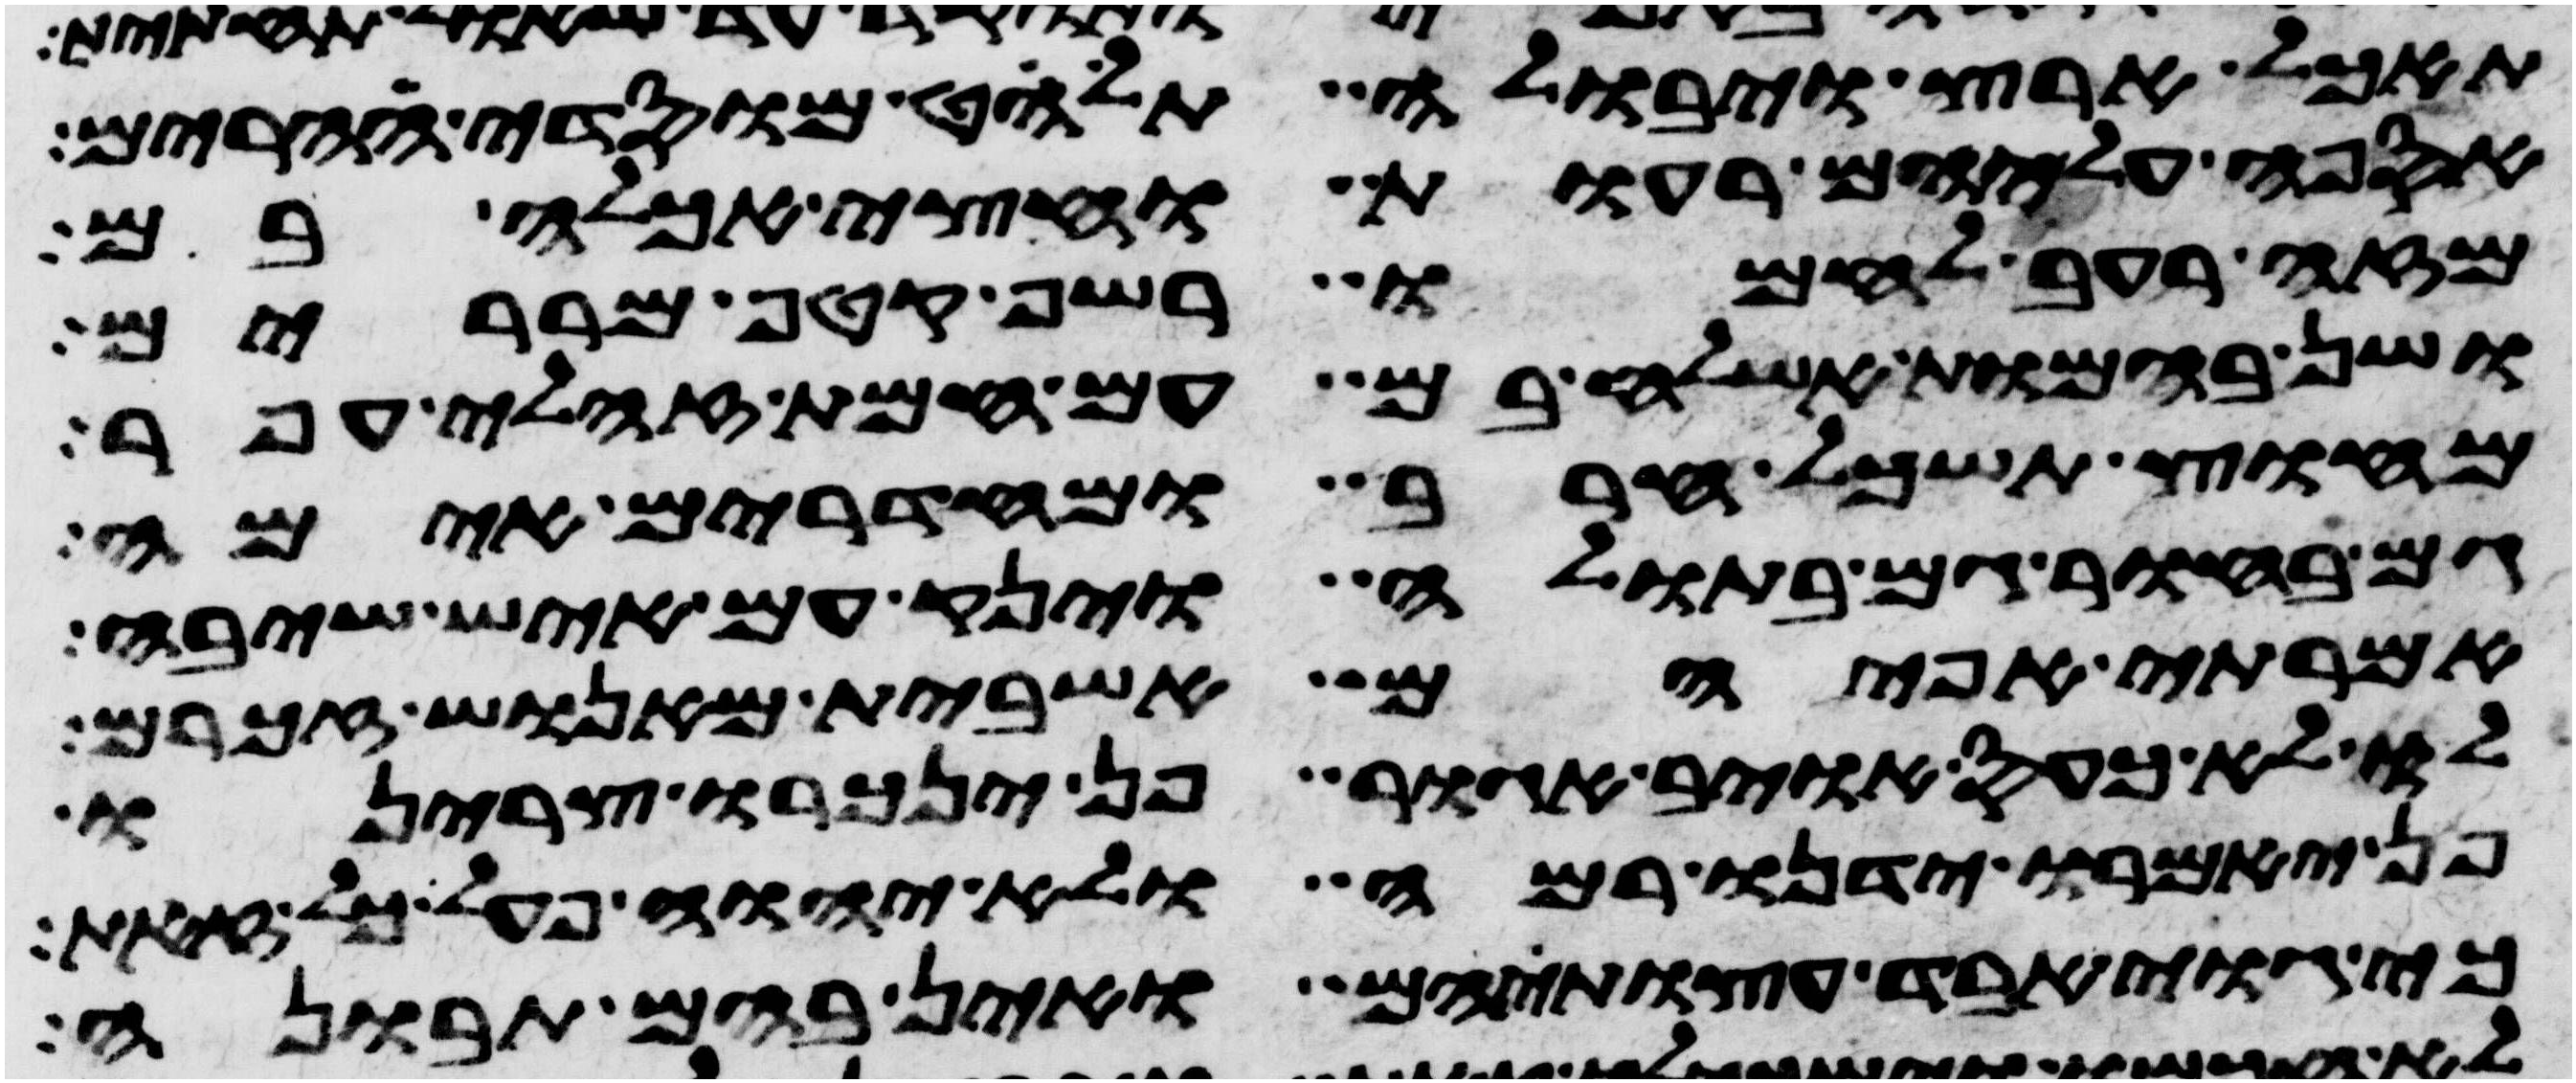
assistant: תאכל ארץ ויבולה תלחט מוסדי הרים
אספה עליהם רעות וחצי אכלה בם
מזה רעב לחמו רשף קטף מררים
ושן בהמות אשלח בם עם חמת זחלי עפר
מחוץ תשכל חרב ומחדרים אימה
גם בחור גם בתולה וינק עם איש שיבה
אמרתי אפי הם אשבית מאנוש זכרם
לו לא כעס איבי אגור פן ינכרו צרינו
פן יאמרו ידינו רמה ולא יהוה פעל כל זאת
כי גוי אבד עצות הם ואין בהם תבונה